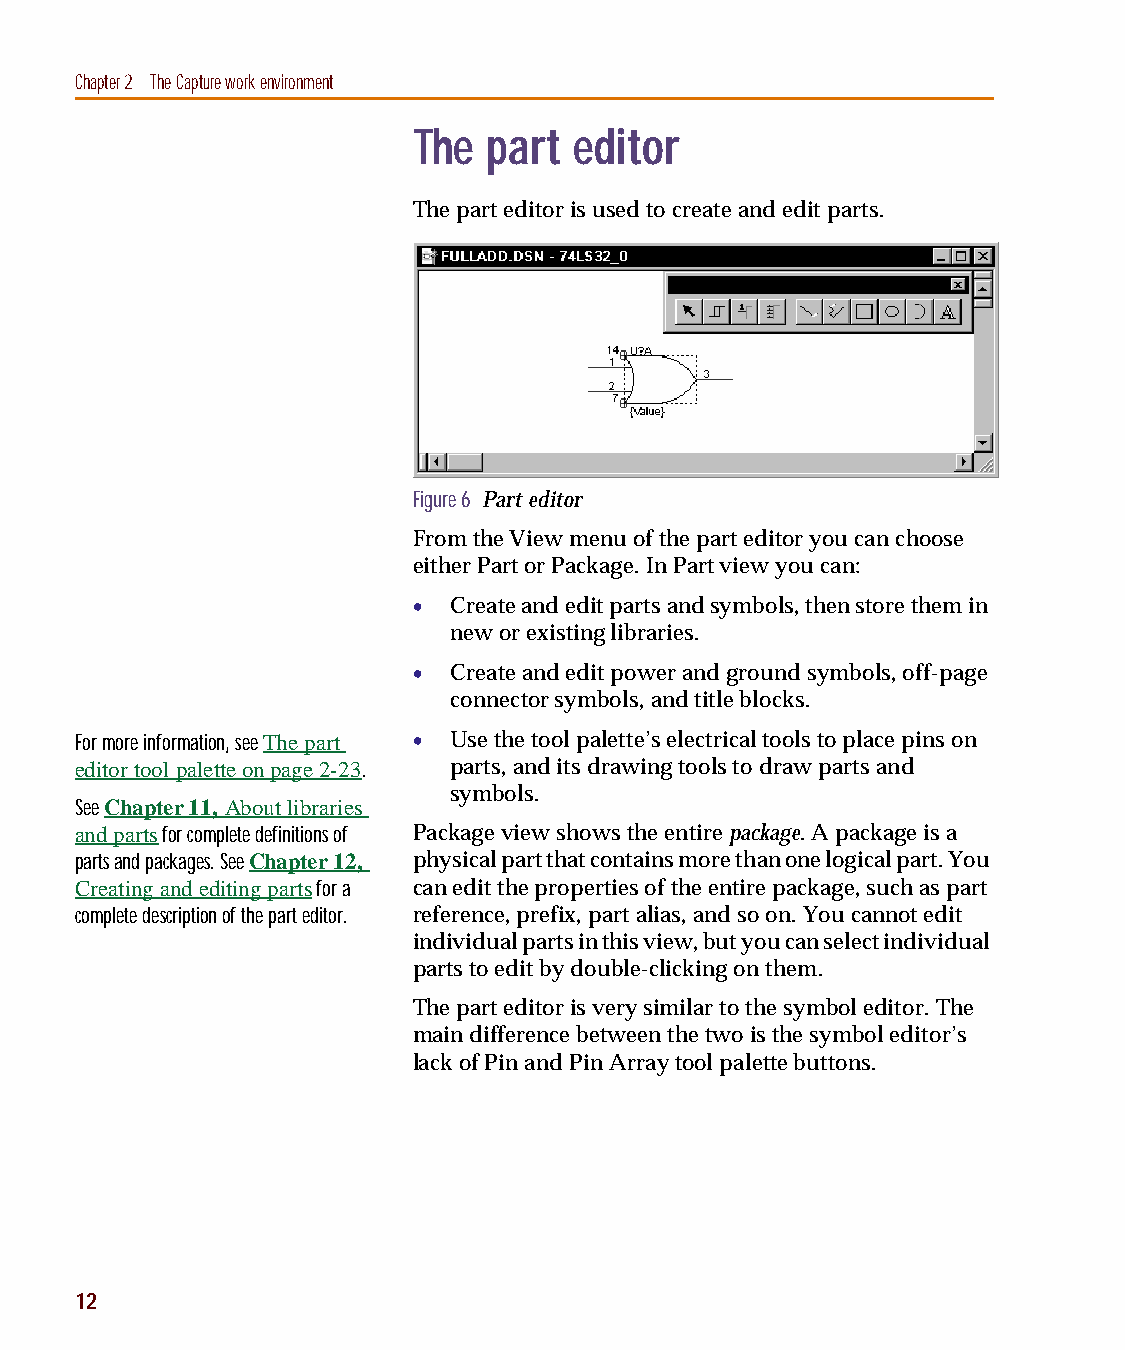
capug.book Page 12 Thursday, November 12, 1998 3:38 PM
 Chapter 2 The Capture work environment
 The  part  editor
 The part editor is used to create and edit parts.
 Figure 6 Part editor
 From the View menu of the part editor you can choose
 either Part or Package. In Part view you can:
 •  Create and edit parts and symbols, then store them in
 new or existing libraries.
 •  Create and edit power and ground symbols, off-page
 connector symbols, and title blocks.
 For more information, see The part • Use the tool palette’s electrical tools to place pins on
 editor tool palette on page2-23. parts, and its drawing tools to draw parts and
 symbols.
 See Chapter 11, About libraries
 and parts for complete definitions of Package view shows the entire package. A package is a
 parts and packages. See Chapter 12, physical part that contains more than one logical part. You
 Creating and editing parts for a can edit the properties of the entire package, such as part
 complete description of the part editor. reference, prefix, part alias, and so on. You cannot edit
 individual parts in this view, but you can select individual
 parts to edit by double-clicking on them.
 The part editor is very similar to the symbol editor. The
 main difference between the two is the symbol editor’s
 lack of Pin and Pin Array tool palette buttons.
 12